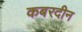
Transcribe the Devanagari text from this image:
कबरदीन